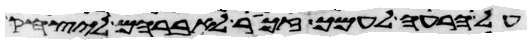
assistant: על הרעה לעמך זכור לאברהם ליצחק